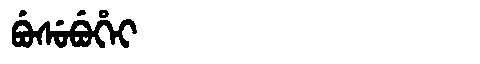
Manchu: ᠪᡠᠰᡠᠪᡠᡥᡝᡳ
Romanization: BUSUBUHEI